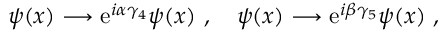
\psi ( x ) \longrightarrow { \mathrm e } ^ { i \alpha \gamma _ { 4 } } \psi ( x ) \ , \quad \psi ( x ) \longrightarrow { \mathrm e } ^ { i \beta \gamma _ { 5 } } \psi ( x ) \ ,